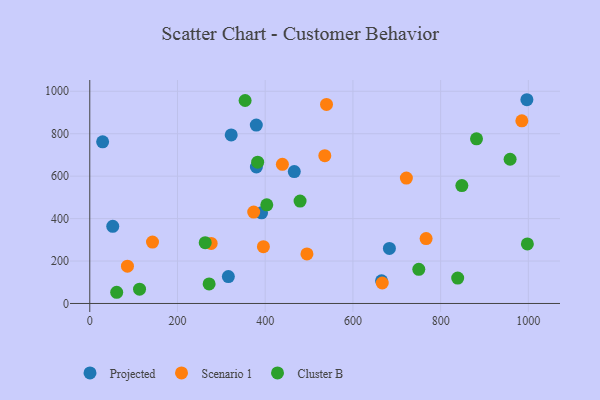
{"axis": {"x": "Price", "y": "Salary"}, "legend": ["Cluster B", "Projected", "Scenario 1"], "data": [{"x": "996.7", "y": 960.2, "type": "Projected"}, {"x": "391.7", "y": 427.3, "type": "Projected"}, {"x": "322.5", "y": 794.1, "type": "Projected"}, {"x": "466.3", "y": 621.7, "type": "Projected"}, {"x": "379.9", "y": 643.2, "type": "Projected"}, {"x": "683.2", "y": 259.6, "type": "Projected"}, {"x": "29.3", "y": 761.6, "type": "Projected"}, {"x": "379.7", "y": 840.6, "type": "Projected"}, {"x": "316.0", "y": 126.8, "type": "Projected"}, {"x": "52.4", "y": 363.8, "type": "Projected"}, {"x": "665.3", "y": 107.1, "type": "Projected"}, {"x": "439.2", "y": 655.7, "type": "Scenario 1"}, {"x": "535.9", "y": 696.4, "type": "Scenario 1"}, {"x": "85.9", "y": 176.0, "type": "Scenario 1"}, {"x": "666.9", "y": 96.5, "type": "Scenario 1"}, {"x": "721.9", "y": 590.9, "type": "Scenario 1"}, {"x": "143.0", "y": 289.3, "type": "Scenario 1"}, {"x": "395.9", "y": 267.5, "type": "Scenario 1"}, {"x": "495.2", "y": 233.5, "type": "Scenario 1"}, {"x": "539.8", "y": 937.9, "type": "Scenario 1"}, {"x": "766.9", "y": 305.7, "type": "Scenario 1"}, {"x": "985.2", "y": 861.0, "type": "Scenario 1"}, {"x": "276.8", "y": 283.0, "type": "Scenario 1"}, {"x": "373.8", "y": 430.9, "type": "Scenario 1"}, {"x": "958.4", "y": 679.7, "type": "Cluster B"}, {"x": "881.8", "y": 775.9, "type": "Cluster B"}, {"x": "750.2", "y": 161.0, "type": "Cluster B"}, {"x": "272.1", "y": 92.1, "type": "Cluster B"}, {"x": "997.8", "y": 280.8, "type": "Cluster B"}, {"x": "263.2", "y": 286.4, "type": "Cluster B"}, {"x": "838.9", "y": 119.5, "type": "Cluster B"}, {"x": "382.8", "y": 666.1, "type": "Cluster B"}, {"x": "354.2", "y": 956.6, "type": "Cluster B"}, {"x": "113.5", "y": 67.2, "type": "Cluster B"}, {"x": "403.6", "y": 465.0, "type": "Cluster B"}, {"x": "479.5", "y": 482.8, "type": "Cluster B"}, {"x": "61.4", "y": 52.8, "type": "Cluster B"}, {"x": "848.4", "y": 555.6, "type": "Cluster B"}]}